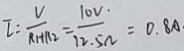
I : \frac { V } { R _ { 1 } + R _ { 2 } } = \frac { 1 0 V } { 1 2 . 5 \Omega } = 0 . 8 A .